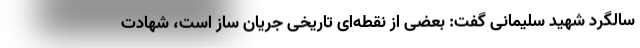
سالگرد شهید سلیمانی گفت: بعضی از نقطه‌ای تاریخی جریان ساز است، شهادت